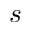
s